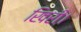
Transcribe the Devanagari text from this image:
खिरी।